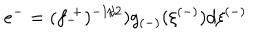
e ^ { - } = ( f _ { - } ^ { ~ + } ) ^ { - 1 / 2 } ) g _ { ( - ) } ( \xi ^ { ( - ) } ) d \xi ^ { ( - ) }